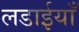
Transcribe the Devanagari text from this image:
लडाईयाँ